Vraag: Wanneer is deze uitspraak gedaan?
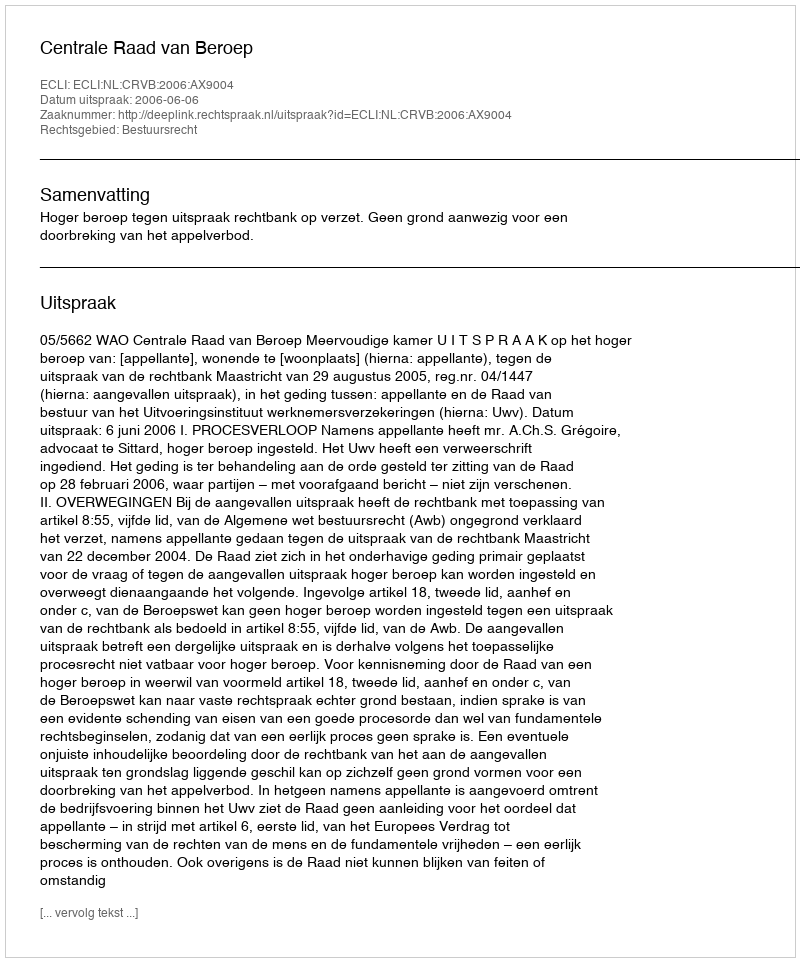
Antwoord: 2006-06-06